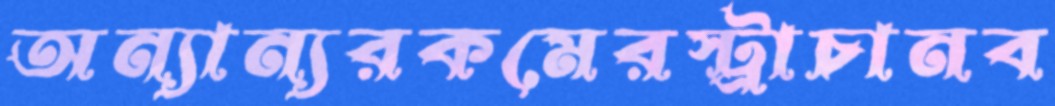
অন্যান্যরকমেরস্ট্রাচানব